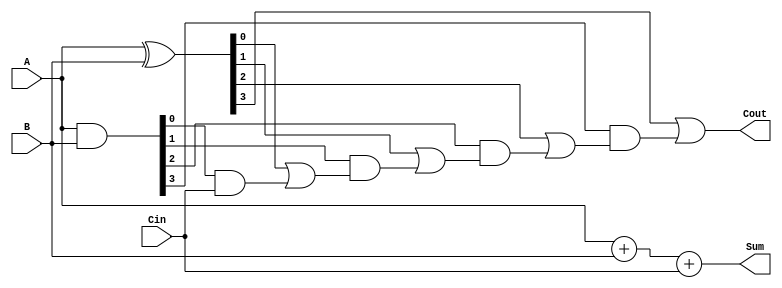
module carry_skip_adder(input [3:0] A, B,
                        input Cin,
                        output [3:0] Sum,
                        output Cout);

    wire [3:0] P, G;
    wire [4:1] C;

    assign P = A ^ B;
    assign G = A & B;
    
    assign C[1] = P[0] | (G[0] & Cin);
    assign C[2] = P[1] | (G[1] & C[1]);
    assign C[3] = P[2] | (G[2] & C[2]);
    assign C[4] = P[3] | (G[3] & C[3]);
    
    assign Sum = A + B + Cin;
    assign Cout = C[4];

endmodule